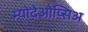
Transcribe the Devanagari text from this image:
म्योदेओप्सिअ